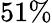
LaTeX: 51\%